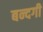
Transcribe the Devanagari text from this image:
बन्दगी